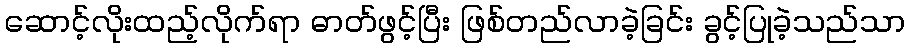
ဆောင့်လိုးထည့်လိုက်ရာ ဓာတ်ဖွင့်ပြီး ဖြစ်တည်လာခဲ့ခြင်း ခွင့်ပြုခဲ့သည်သာ